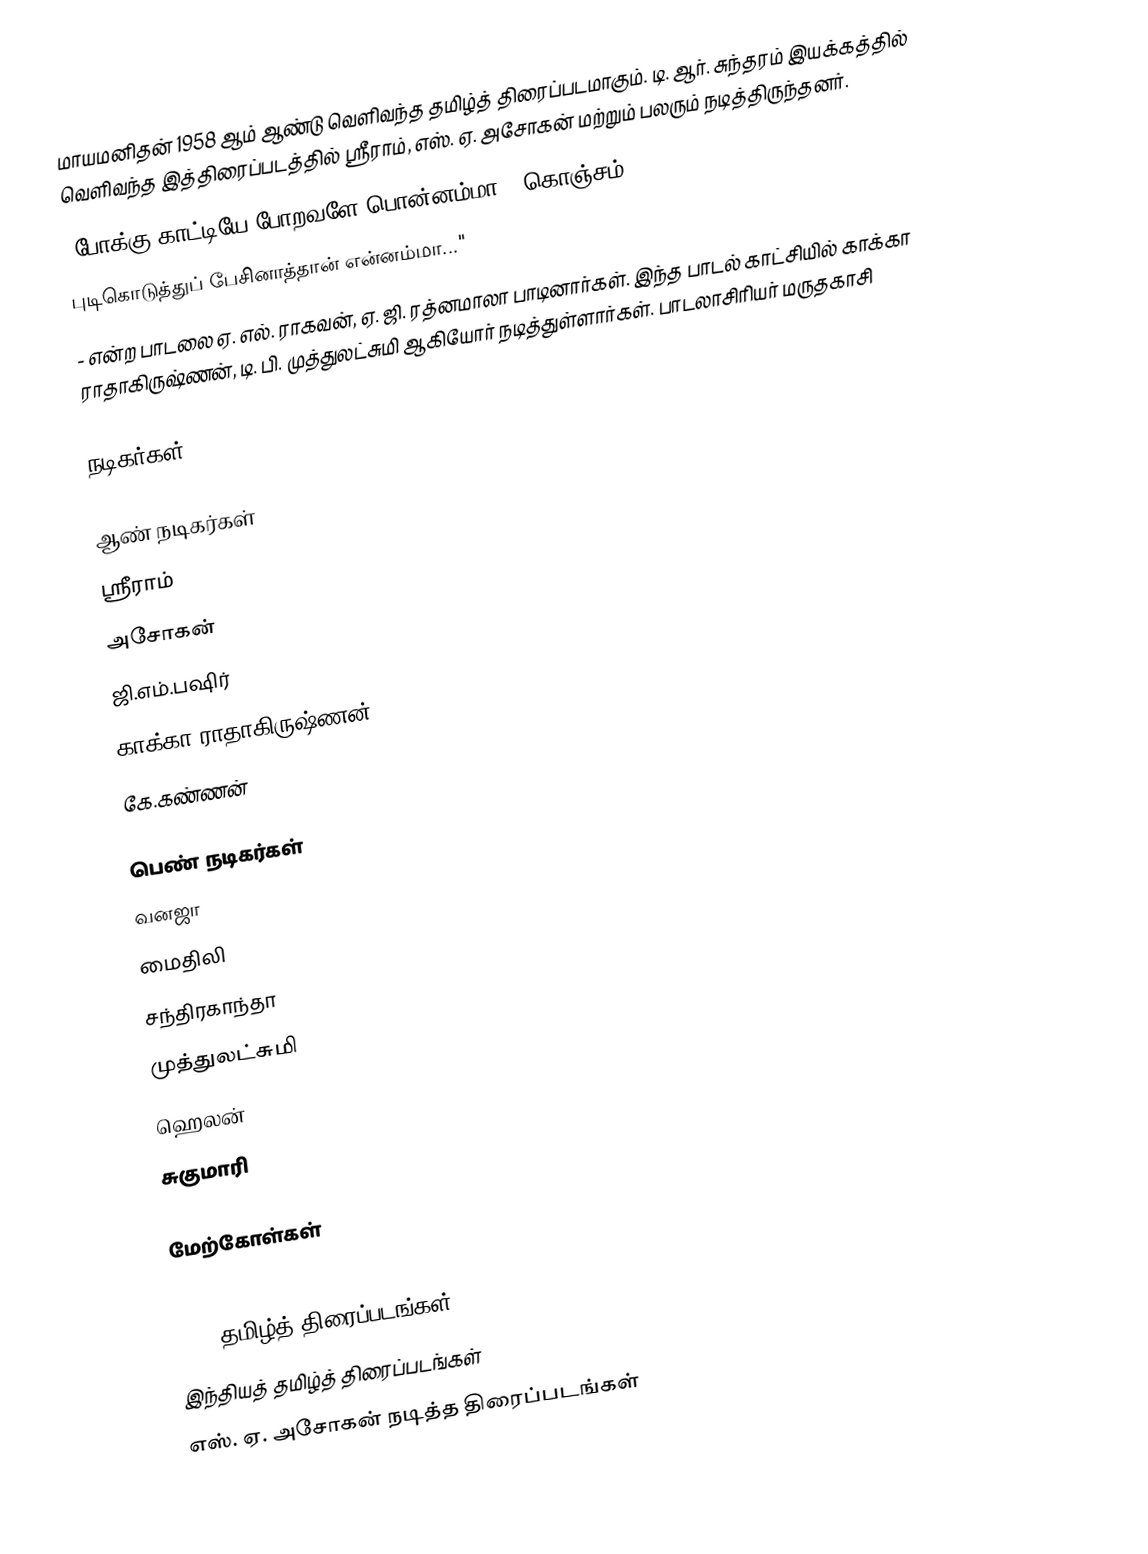
மாயமனிதன் 1958 ஆம் ஆண்டு வெளிவந்த தமிழ்த் திரைப்படமாகும். டி. ஆர். சுந்தரம் இயக்கத்தில் வெளிவந்த இத்திரைப்படத்தில் ஸ்ரீராம், எஸ். ஏ. அசோகன் மற்றும் பலரும் நடித்திருந்தனர்.
"போக்கு காட்டியே போறவளே பொன்னம்மா - கொஞ்சம்
புடிகொடுத்துப் பேசினாத்தான் என்னம்மா..."
- என்ற பாடலை ஏ. எல். ராகவன், ஏ. ஜி. ரத்னமாலா பாடினார்கள். இந்த பாடல் காட்சியில் காக்கா ராதாகிருஷ்ணன், டி. பி. முத்துலட்சுமி ஆகியோர் நடித்துள்ளார்கள். பாடலாசிரியர் மருதகாசி

நடிகர்கள்

ஆண் நடிகர்கள்
ஸ்ரீராம்
அசோகன்
ஜி.எம்.பஷிர்
காக்கா ராதாகிருஷ்ணன்
கே.கண்ணன்

பெண் நடிகர்கள்
வனஜா
மைதிலி
சந்திரகாந்தா
முத்துலட்சுமி
ஹெலன்
சுகுமாரி

மேற்கோள்கள்

1958 தமிழ்த் திரைப்படங்கள்
இந்தியத் தமிழ்த் திரைப்படங்கள்
எஸ். ஏ. அசோகன் நடித்த திரைப்படங்கள்